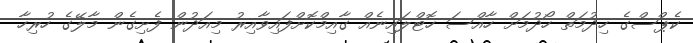
ކެޕްސްގެ ހިދުމަތް ހޯދުމަށް ހާއްސަ ހޮޓްލައިނެއް ގާއިމްކޮށްފައިވާއިރު މިއަދުން ފެށިގެން މާލޭގެ ހުރިހާ